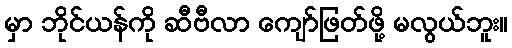
မှာ ဘိုင်ယန်ကို ဆီဗီလာ ကျော်ဖြတ်ဖို့ မလွယ်ဘူး။